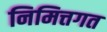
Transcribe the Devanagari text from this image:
निमित्तगत